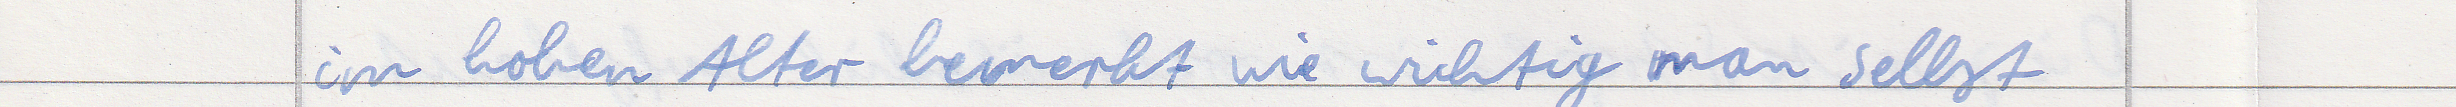
im hohen Alter bemerkt wie wichtig man selbst